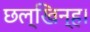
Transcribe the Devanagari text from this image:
छल्खिन्ह।